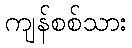
ကျန်စစ်သား